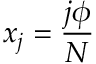
x _ { j } = { \frac { j \phi } { N } }